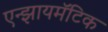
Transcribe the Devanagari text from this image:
एन्झायमॅटिक